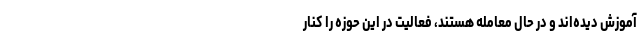
آموزش دیده‌اند و در حال معامله هستند، فعالیت در این حوزه را کنار